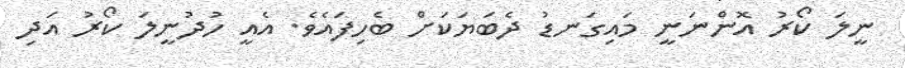
ނީލަ ކޯރު އޮންނަނީ މައިގަނޑު ދެބަޔަކަށް ބެހިފައެވެ. އެއީ ހުދުނީލަ ކޯރު އަދި